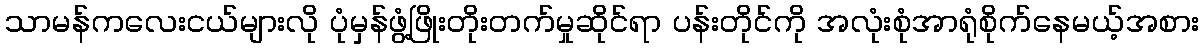
သာမန်ကလေးငယ်များလို ပုံမှန်ဖွံ့ဖြိုးတိုးတက်မှုဆိုင်ရာ ပန်းတိုင်ကို အလုံးစုံအာရုံစိုက်နေမယ့်အစား